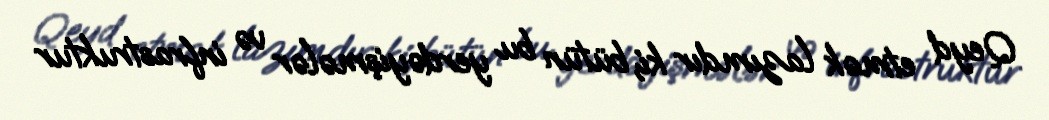
Qeyd etmək lazımdır ki, bütün bu yerdəyişmələr və infrastruktur